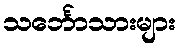
သင်္ဘောသားများ